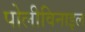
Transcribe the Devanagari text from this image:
पोलीविनाइल